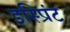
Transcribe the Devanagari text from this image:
इस्प्रिंट